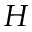
H